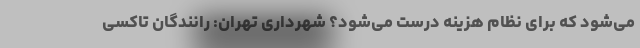
می‌شود که برای نظام هزینه درست می‌شود؟ شهرداری تهران: رانندگان تاکسی